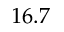
1 6 . 7